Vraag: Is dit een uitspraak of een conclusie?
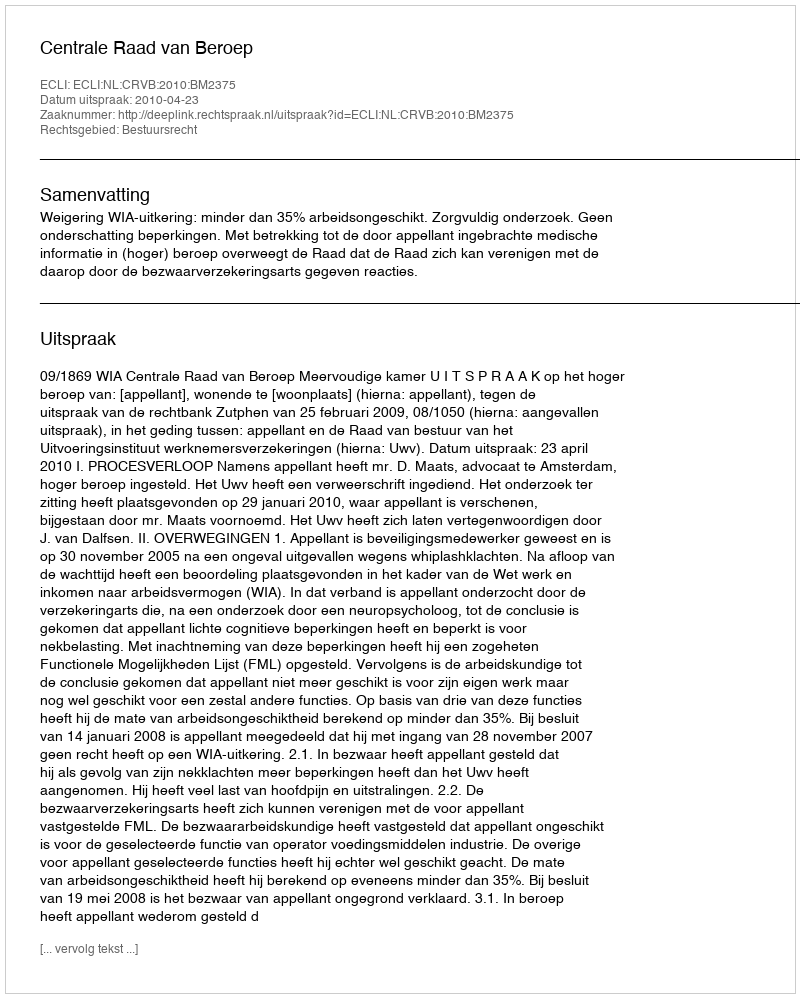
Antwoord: Uitspraak